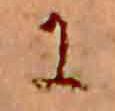
に